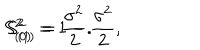
S _ { ( 0 ) } ^ { 2 } = 1 - \frac { \sigma ^ { 2 } } 2 , \hspace { 0 . 5 i n } S _ { ( 1 ) } ^ { 2 } = \frac { \sigma ^ { 2 } } 2 .